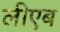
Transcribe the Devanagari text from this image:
लीएब